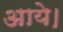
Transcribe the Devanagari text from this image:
अाये।